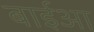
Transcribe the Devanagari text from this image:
बाईआ